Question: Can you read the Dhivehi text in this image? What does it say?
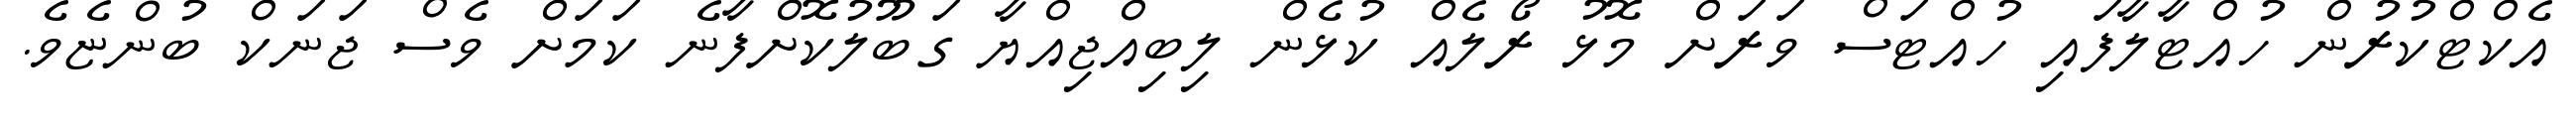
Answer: އެކްޓްކުރުން ހުއްޓާލާފައި ހުއްޓަސް ވަރަށް މޮޅު ރޯލެއް ކުޅެން ލިބިއްޖިއްޔާ ގަބޫލުކޮށްފާނެ ކަމަށް ވެސް ޖަނަކް ބުންޏެވެ.